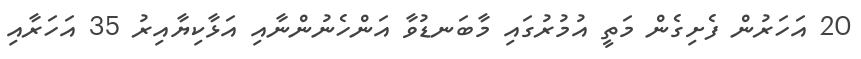
20 އަހަރުން ފެށިގެން މަތީ އުމުރުގައި މާބަނޑުވާ އަންހެނުންނާއި އަޅާކިޔާއިރު 35 އަހަރާއި